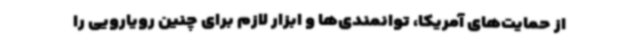
از حمایت‌های آمریکا، توانمندی‌ها و ابزار لازم برای چنین رویارویی را